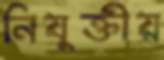
নিযুক্তীয়